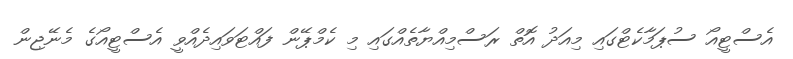
އެސްޓީއޯ ސުޕަމާކެޓްގައި މިއަދު އޮތް ރަސްމިއްޔާތެއްގައި މި ކެމްޕޭން ފައްޓަވައިދެއްވީ އެސްޓީއޯގެ މެނޭޖިން